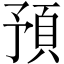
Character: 預